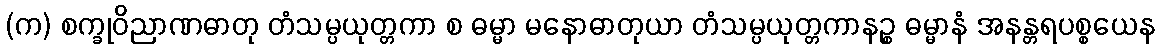
(က) စက္ခုဝိညာဏဓာတု တံသမ္ပယုတ္တကာ စ ဓမ္မာ မနောဓာတုယာ တံသမ္ပယုတ္တကာနဉ္စ ဓမ္မာနံ အနန္တရပစ္စယေန